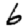
Digit: 6